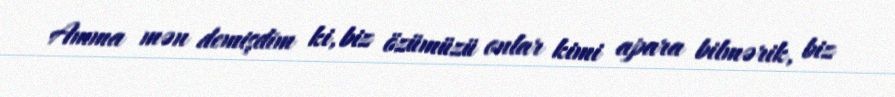
Amma mən demişdim ki, biz özümüzü onlar kimi apara bilmərik, biz